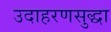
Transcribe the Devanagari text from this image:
उदाहरणसुद्धा